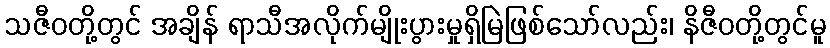
သဇီဝတို့တွင် အချိန် ရာသီအလိုက်မျိုးပွားမှုရှိမြဲဖြစ်သော်လည်း၊ နိဇီဝတို့တွင်မူ